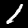
Digit: 1